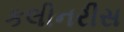
કલીનરીસ